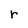
Character: r